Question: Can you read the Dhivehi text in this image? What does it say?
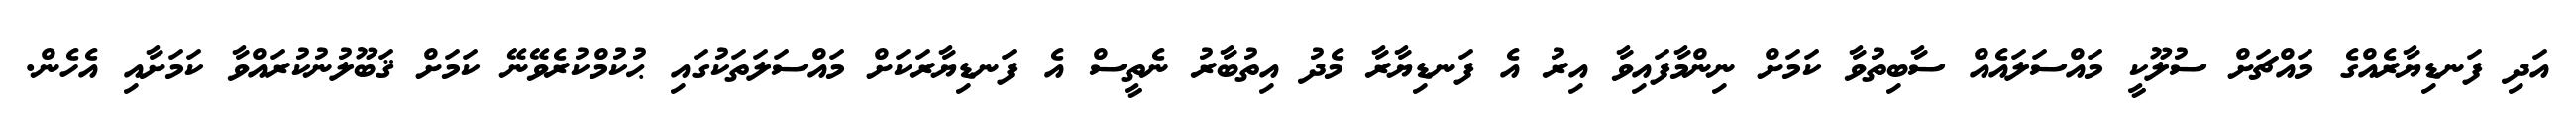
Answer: އަދި ފަނޑިޔާރެއްގެ މައްޗަށް ސުލޫކީ މައްސަލައެއް ސާބިތުވާ ކަމަށް ނިންމާފައިވާ އިރު އެ ފަނޑިޔާރާ މެދު އިތުބާރު ނެތީސް އެ ފަނޑިޔާރަކަށް މައްސަލަތަކުގައި ޙުކުމްކުރެވޭނޭ ކަމަށް ޤަބޫލުނުކުރައްވާ ކަމަށާއި އެހެން.